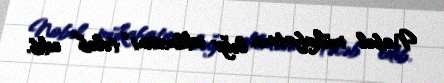
Nobel mükafatının ləğv edilməsini “tələb” edib.